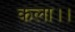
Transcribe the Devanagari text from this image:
कला।।